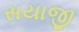
સયાજી